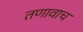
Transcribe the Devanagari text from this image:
तणावाच